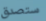
ستصدق